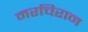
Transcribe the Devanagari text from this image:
मरचिरान